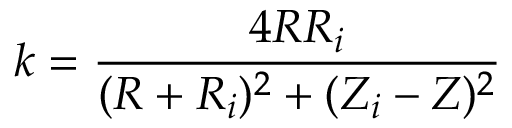
k = \frac { 4 R R _ { i } } { ( R + R _ { i } ) ^ { 2 } + ( Z _ { i } - Z ) ^ { 2 } }